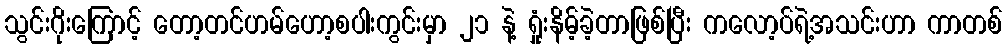
သွင်းဂိုးကြောင့် တော့တင်ဟမ်ဟော့စပါးကွင်းမှာ ၂၁ နဲ့ ရှုံးနိမ့်ခဲ့တာဖြစ်ပြီး ကလော့ပ်ရဲ့အသင်းဟာ ကာတစ်